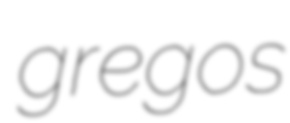
gregos